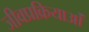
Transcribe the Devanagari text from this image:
जीवप्रक्रियाओं